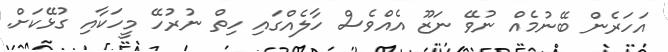
އަހަރެން ބޭނުމެއް ނުވޭ ނަޒޫ އެއްވެސް ހާލެއްގައި ހިތް ނުރުހޭ މީހަކާއި ގުޅޭކަށް.